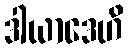
ဒါယာဒေဟိ